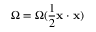
\Omega = \Omega ( \frac { 1 } { 2 } { \bf x } \cdot { \bf x } )